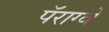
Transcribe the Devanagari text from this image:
पॅराग्वे